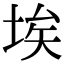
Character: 埃